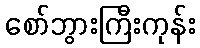
စော်ဘွားကြီးကုန်း